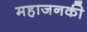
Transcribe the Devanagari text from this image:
महाजनकी